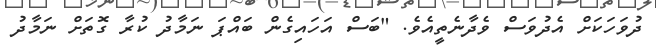
ދުވަހަކަށް އެދުވަސް ވެދާނެތީއެވެ. "ބަސް އަހައިގެން ބައްޕަ ނަމާދު ކުރާ ގޮތަށް ނަމާދު